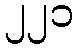
၂၂၁